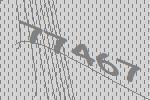
77467